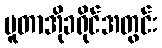
ပူတာအိုခရိုင်အတွင်း